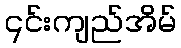
၎င်းကျည်အိမ်